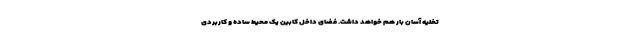
تخلیه آسان بار هم خواهد داشت. فضای داخل کابین یک محیط ساده و کاربردی